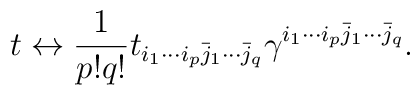
t\leftrightarrow\frac{1}{p!q!}t_{i_{1}\cdots i_{p}\bar{j}_{1}\cdots\bar{j}_{q}}\gamma^{i_{1}\cdots i_{p} \bar{j}_{1}\cdots\bar{j}_{q}}.